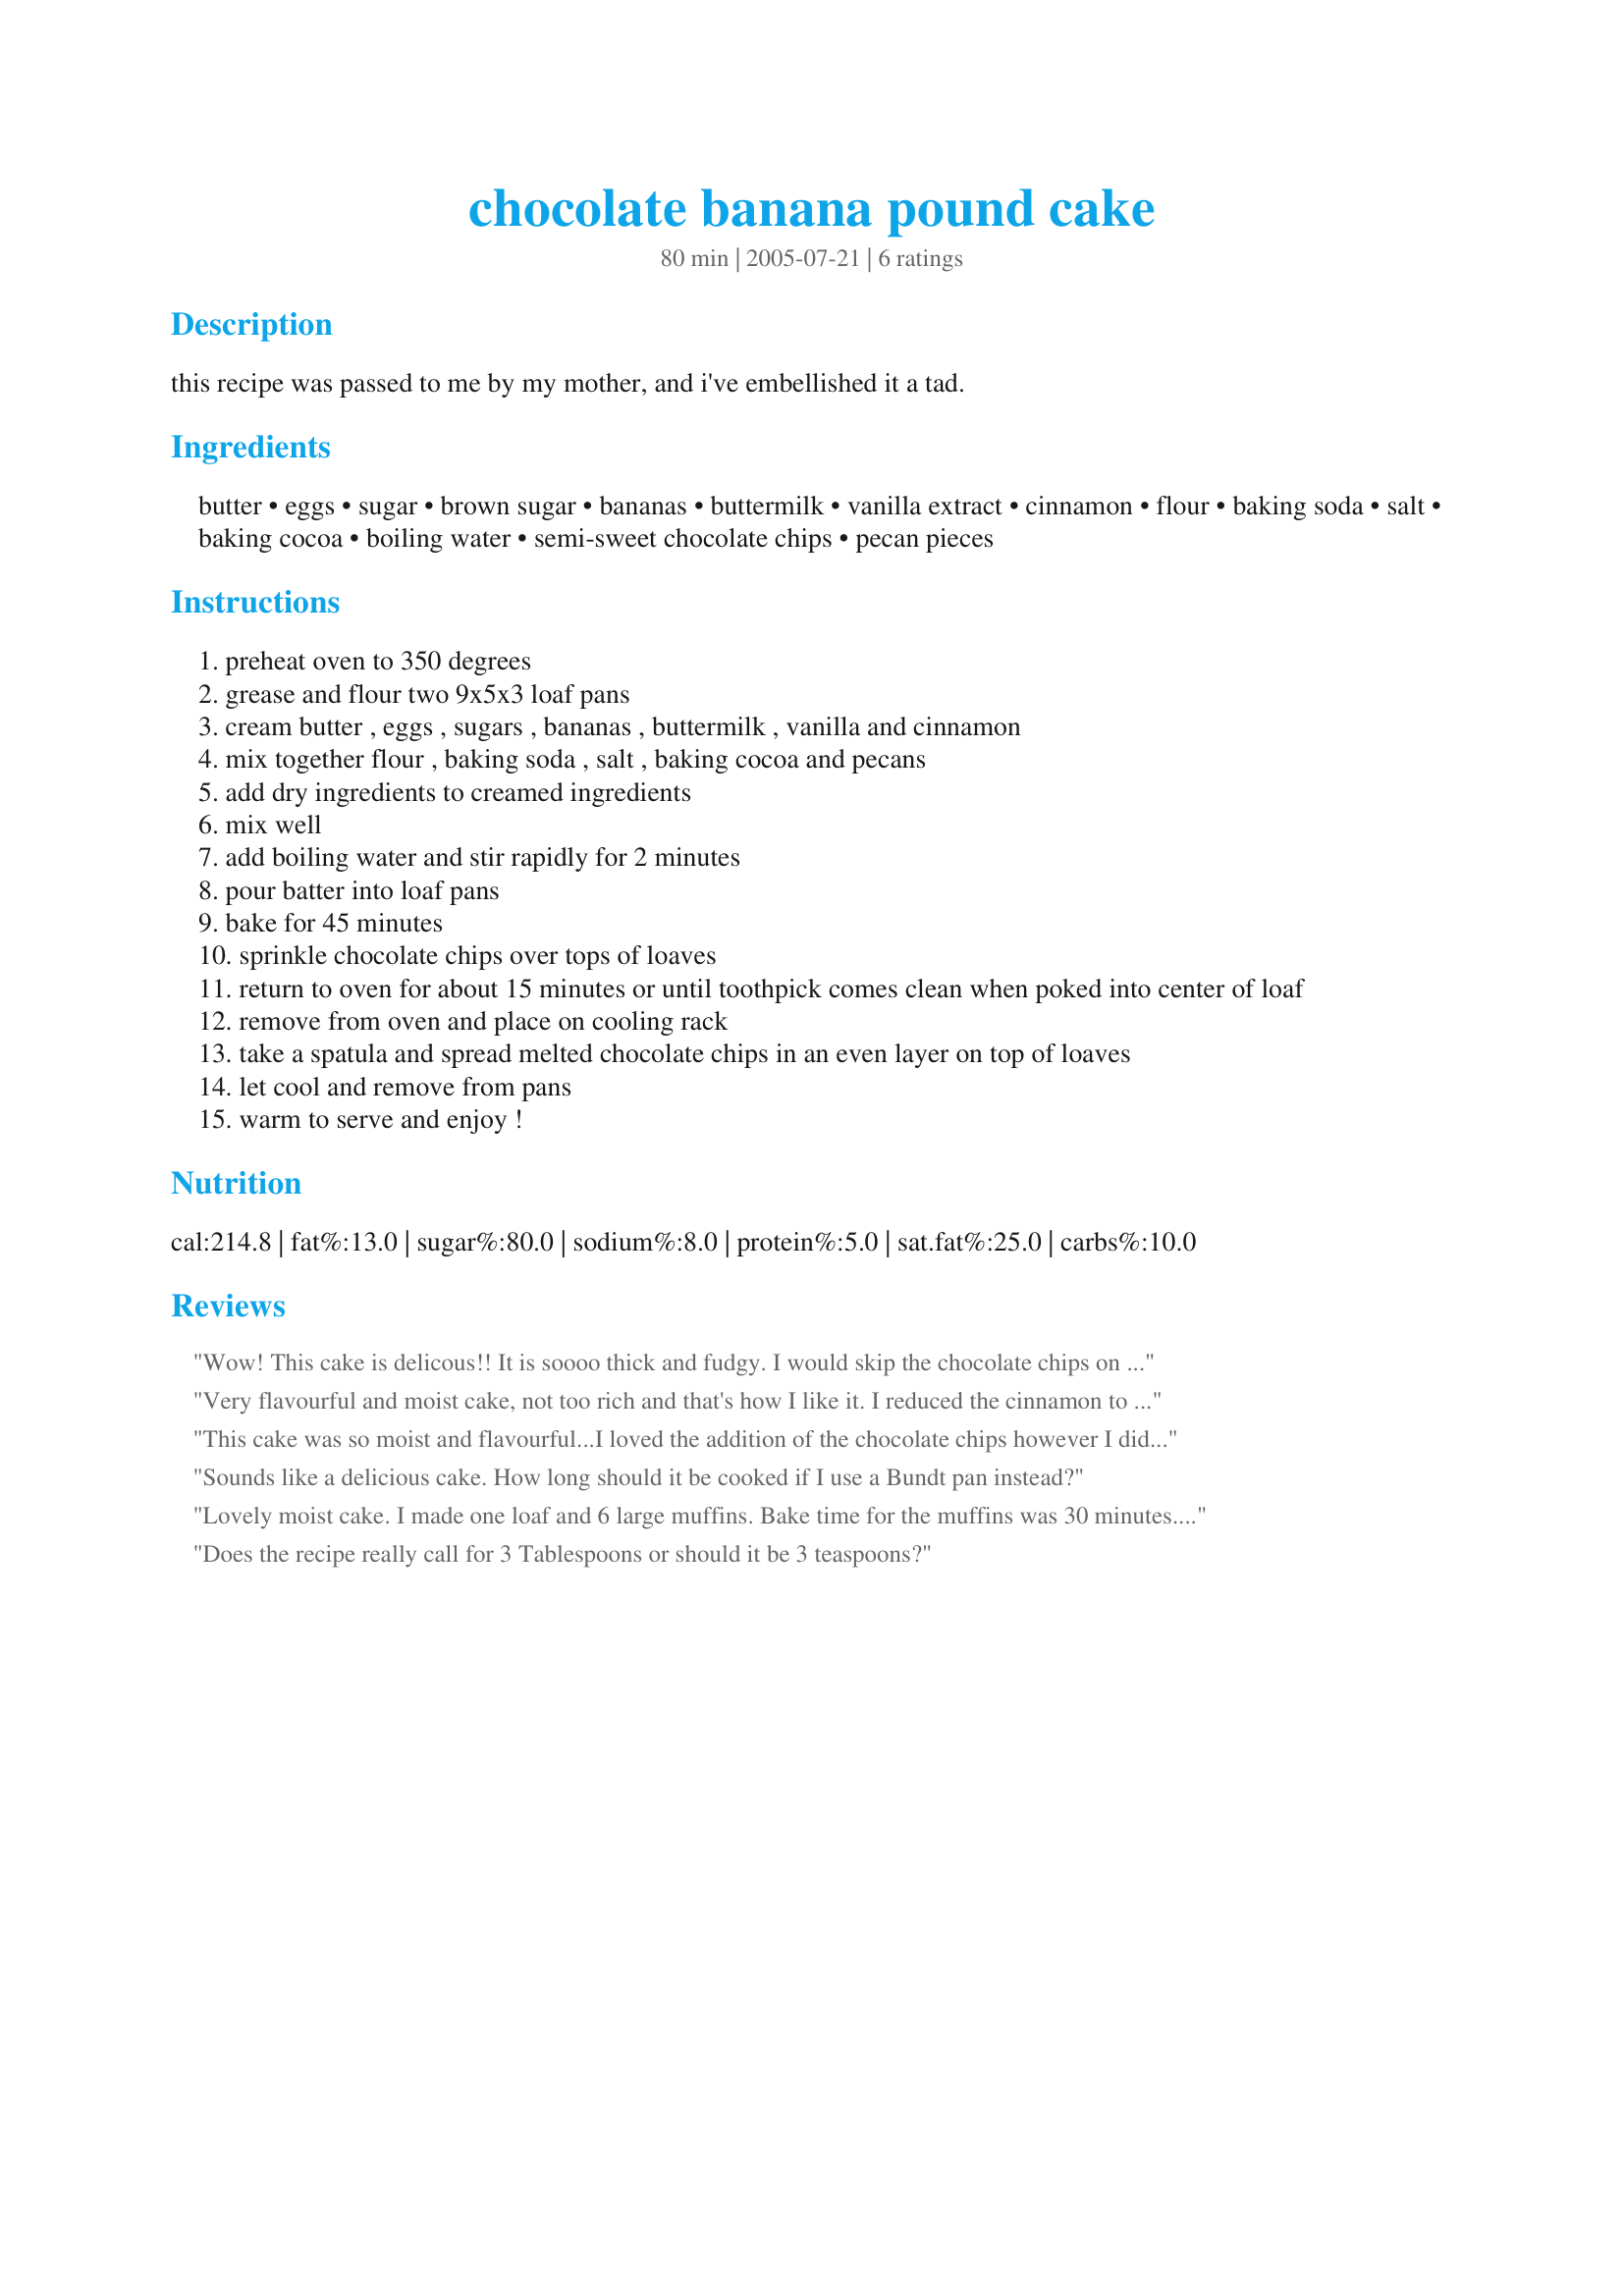
chocolate banana pound cake
Preparation time: 80 minutes

this recipe was passed to me by my mother, and i've embellished it a tad.

Ingredients:
butter, eggs, sugar, brown sugar, bananas, buttermilk, vanilla extract, cinnamon, flour, baking soda, salt, baking cocoa, boiling water, semi-sweet chocolate chips, pecan pieces

Steps:
preheat oven to 350 degrees
grease and flour two 9x5x3 loaf pans
cream butter , eggs , sugars , bananas , buttermilk , vanilla and cinnamon
mix together flour , baking soda , salt , baking cocoa and pecans
add dry ingredients to creamed ingredients
mix well
add boiling water and stir rapidly for 2 minutes
pour batter into loaf pans
bake for 45 minutes
sprinkle chocolate chips over tops of loaves
return to oven for about 15 minutes or until toothpick comes clean when poked into center of loaf
remove from oven and place on cooling rack
take a spatula and spread melted chocolate chips in an even layer on top of loaves
let cool and remove from pans
warm to serve and enjoy !

Reviews:
Wow! This cake is delicous!! It is soooo thick and fudgy. I would skip the chocolate chips on top though. The cake is so good by itself it just doesn't need it and is better without. Will def be making this again and again and again:)
Very flavourful and moist cake, not too rich and that's how I like it. I reduced the cinnamon to just a pinch and the vanilla to one teaspoon. It came out perfectly, thank you for the recipe. My family loved it.
This cake was so moist and flavourful...I loved the addition of the chocolate chips however I didn't have any pecans to add...I will definately be making this again...Thanks Michelle for passing on this tasty recipe...It's a keeper!
Sounds like a delicious cake. How long should it be cooked if I use a Bundt pan instead?
Lovely moist cake. I made one loaf and 6 large muffins. Bake time for the muffins was 30 minutes. I did not use the chips or nuts. :)
Does the recipe really call for 3 Tablespoons or should it be 3 teaspoons?
